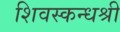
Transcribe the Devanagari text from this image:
शिवस्कन्धश्री